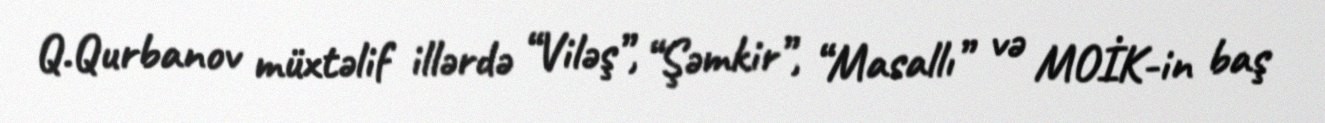
Q.Qurbanov müxtəlif illərdə “Viləş”, “Şəmkir”, “Masallı” və MOİK-in baş